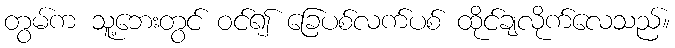
တွမ်က သူ့ဘေးတွင် ဝင်၍ ခြေပစ်လက်ပစ် ထိုင်ချလိုက်လေသည်။